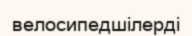
велосипедшілерді